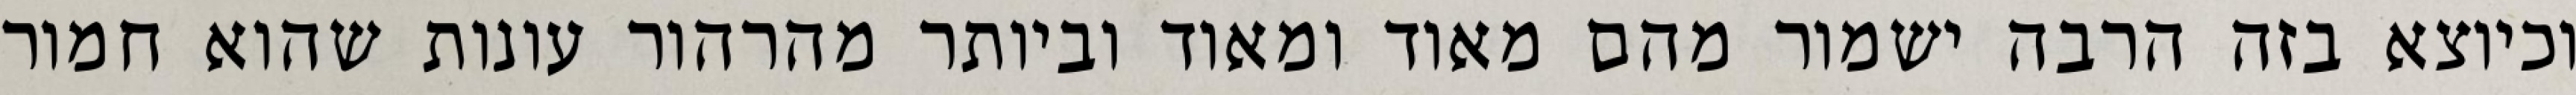
וכיוצא בזה הרבה ישמור מהם מאוד ומאוד וביותר מהרהור עונות שהוא חמור